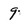
Character: 9